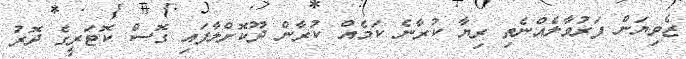
ޒެވިޔަން ފަރުވާލެއްނެތި ރިޔާ ކުރާނެ ކަމެއް ކުރާން ދޫކޮށްލާފައި ގޮސް ކޮޓަރީގެ ދޮރު